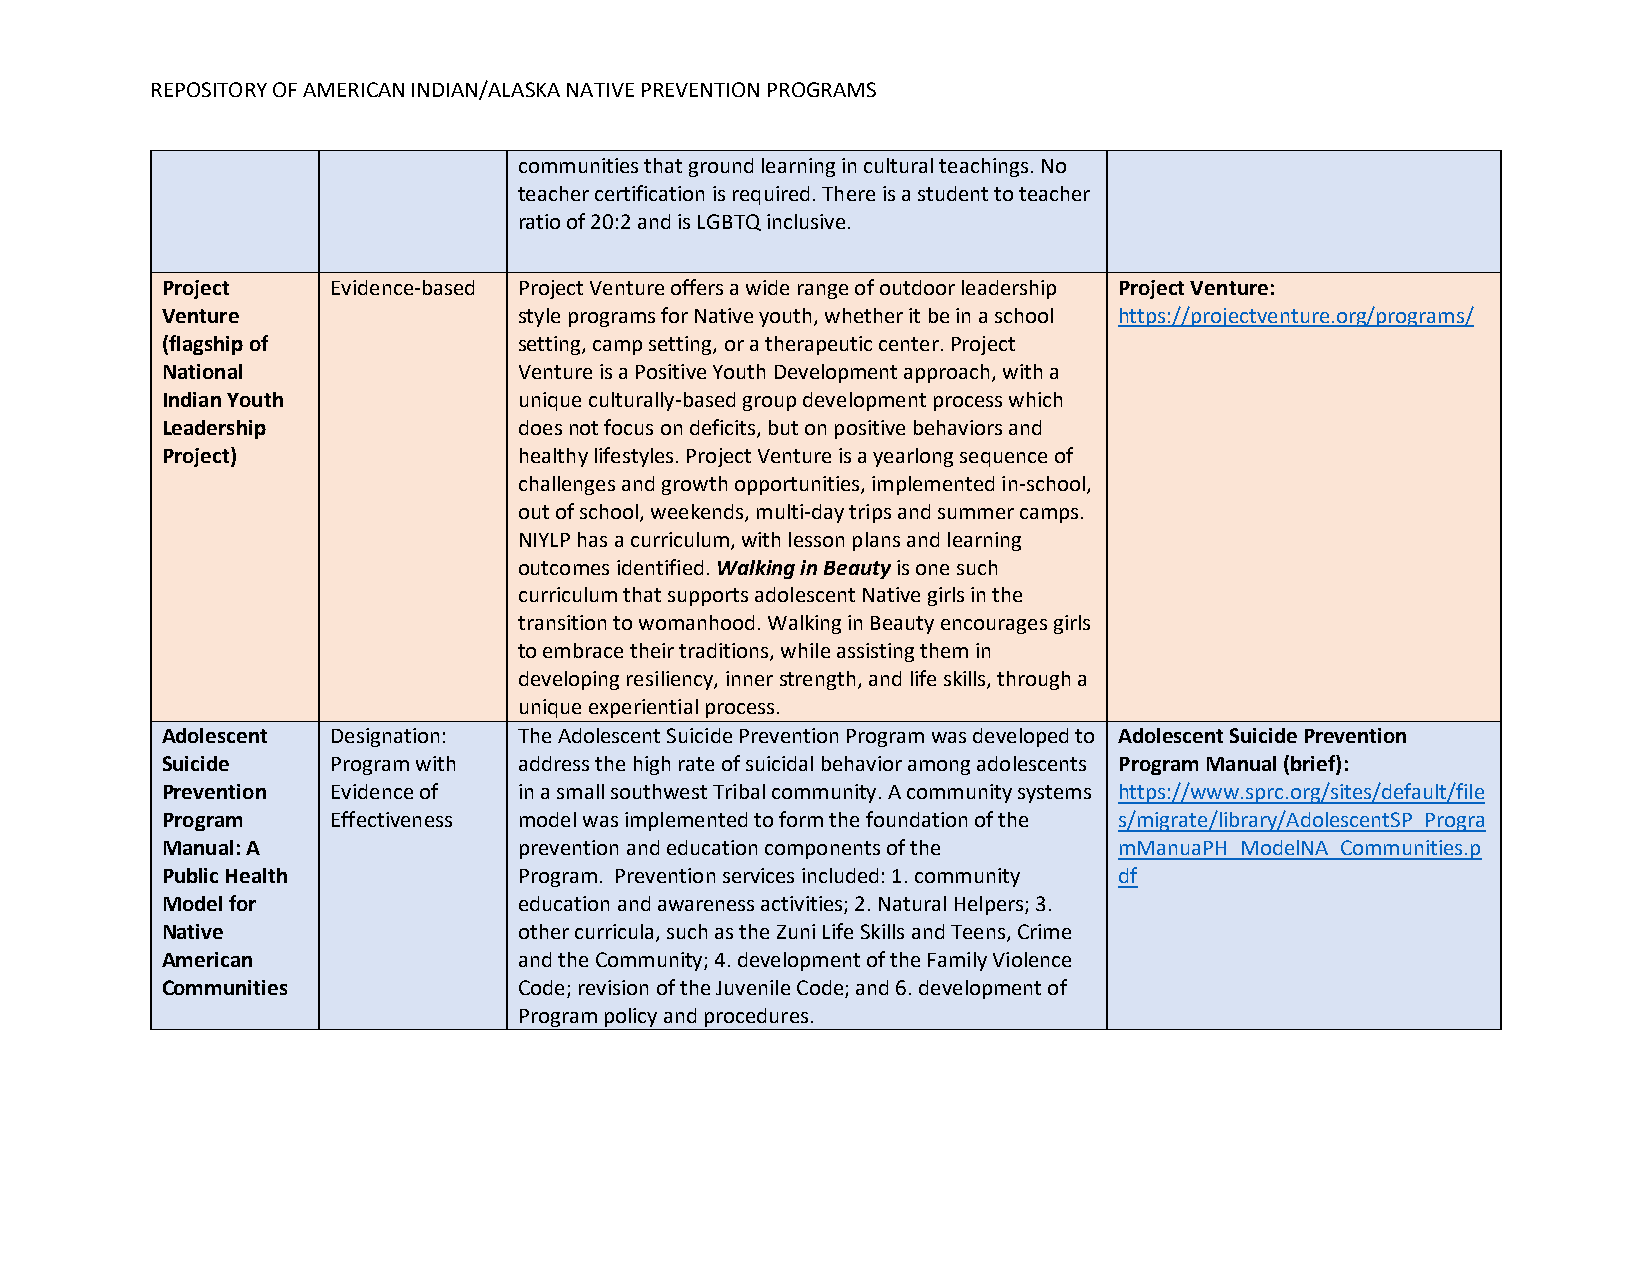
REPOSITORY OF AMERICAN INDIAN/ALASKA NATIVE PREVENTION PROGRAMS
 communities that ground learning in cultural teachings. No
 teacher certification is required. There is a student to teacher
 ratio of 20:2 and is LGBTQ inclusive.
 Project    Evidence-based Project Venture offers a wide range of outdoor leadership Project Venture:
 Venture                style programs for Native youth, whether it be in a school https://projectventure.org/programs/
 (flagship of           setting, camp setting, or a therapeutic center. Project
 National               Venture is a Positive Youth Development approach, with a
 Indian Youth           unique culturally-based group development process which
 Leadership             does not focus on deficits, but on positive behaviors and
 Project)               healthy lifestyles. Project Venture is a yearlong sequence of
 challenges and growth opportunities, implemented in-school,
 out of school, weekends, multi-day trips and summer camps.
 NIYLP has a curriculum, with lesson plans and learning
 outcomes identified. Walking in Beauty is one such
 curriculum that supports adolescent Native girls in the
 transition to womanhood. Walking in Beauty encourages girls
 to embrace their traditions, while assisting them in
 developing resiliency, inner strength, and life skills, through a
 unique experiential process.
 Adolescent Designation: The Adolescent Suicide Prevention Program was developed to Adolescent Suicide Prevention
 Suicide    Program with address the high rate of suicidal behavior among adolescents Program Manual (brief):
 Prevention Evidence of in a small southwest Tribal community. A community systems https://www.sprc.org/sites/default/file
 Program    Effectiveness model was implemented to form the foundation of the s/migrate/library/AdolescentSP_Progra
 Manual: A              prevention and education components of the mManuaPH_ModelNA_Communities.p
 Public Health          Program. Prevention services included: 1. community df
 Model for              education and awareness activities; 2. Natural Helpers; 3.
 Native                 other curricula, such as the Zuni Life Skills and Teens, Crime
 American               and the Community; 4. development of the Family Violence
 Communities            Code; revision of the Juvenile Code; and 6. development of
 Program policy and procedures.